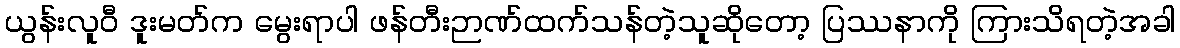
ယွန်းလူဝီ ဒူးမတ်က မွေးရာပါ ဖန်တီးဉာဏ်ထက်သန်တဲ့သူဆိုတော့ ပြဿနာကို ကြားသိရတဲ့အခါ